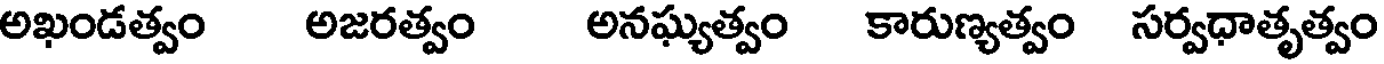
అఖండత్వం అజరత్వం అనఘ్యత్వం కారుణ్యత్వం సర్వధాతృత్వం